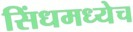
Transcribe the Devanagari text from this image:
सिंधमध्येच